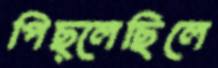
পিছ্‌লেছিলে